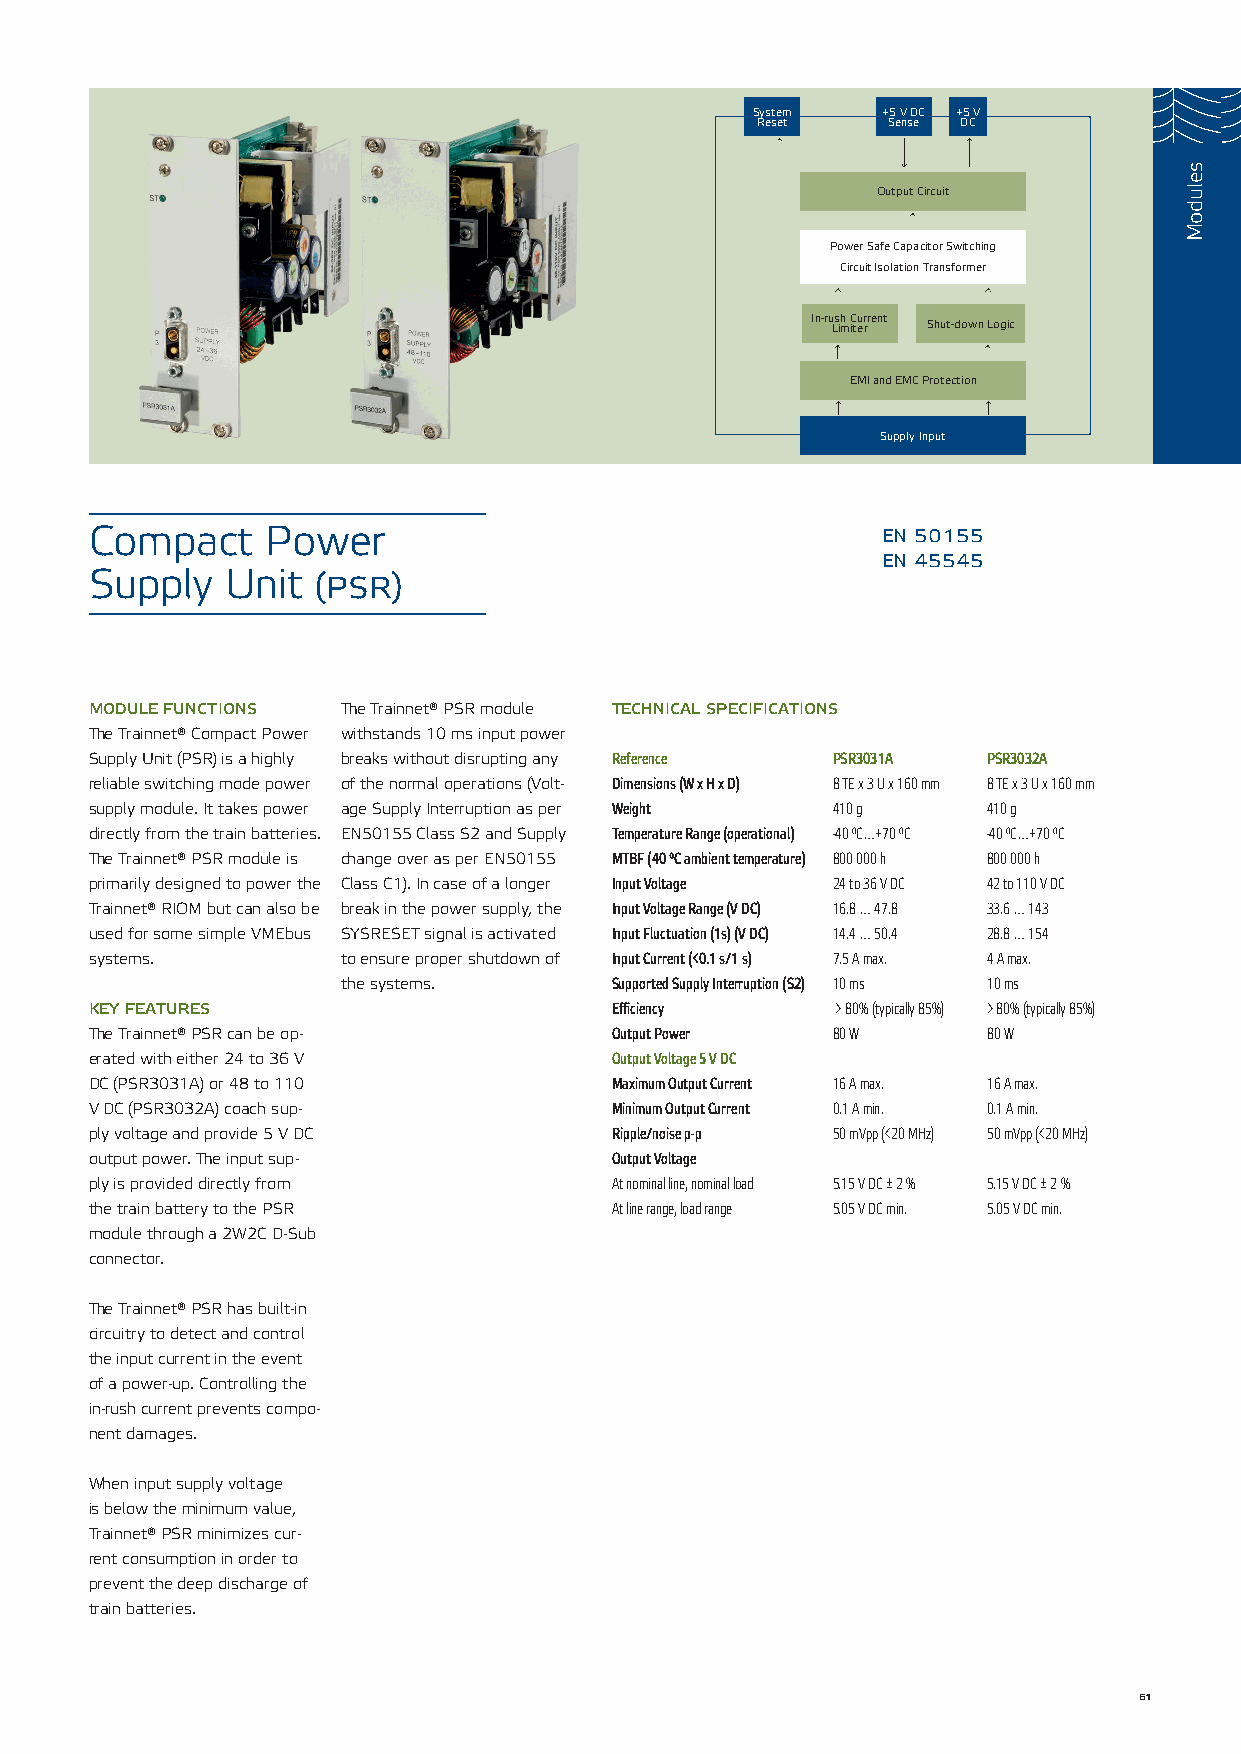
System  +5 V DC +5 V
 Reset    Sense DC
 Output Circuit
 Power Safe Capacitor Switching
 Circuit Isolation Transformer
 In-ru Ls ih m C itu er rrent Shut-down Logic
 EMI and EMC Protection
 Supply Input
 Compact     Power                                   en 50155
 en 45545
 Supply   Unit  (psr)
 module functions The Trainnet® PSR module technical specifications
 The Trainnet® Compact Power withstands 10 ms input power
 Supply Unit (PSR) is a highly breaks without disrupting any Reference PSR3031A PSR3032A
 reliable switching mode power of the normal operations (Volt- Dimensions (W x H x D) 8 TE x 3 U x 160 mm 8 TE x 3 U x 160 mm
 supply module. It takes power age Supply Interruption as per Weight 410 g 410 g
 directly from the train batteries. EN50155 Class S2 and Supply Temperature Range (operational) -40 °C…+70 °C -40 °C…+70 °C
 The Trainnet® PSR module is change over as per EN50155 MTBF (40 ºC ambient temperature) 800 000 h 800 000 h
 primarily designed to power the Class C1). In case of a longer Input Voltage 24 to 36 V DC 42 to 110 V DC
 Trainnet® RIOM but can also be break in the power supply, the Input Voltage Range (V DC) 16.8 … 47.8 33.6 … 143
 used for some simple VMEbus SYSRESET signal is activated Input Fluctuation (1s) (V DC) 14.4 … 50.4 28.8 … 154
 systems.         to ensure proper shutdown of Input Current (<0.1 s/1 s) 7.5 A max. 4 A max.
 the systems.     Supported Supply Interruption (S2) 10 ms 10 ms
 key features                      Efficiency     > 80% (typically 85%) > 80% (typically 85%)
 The Trainnet® PSR can be op-      Output Power   80 W      80 W
 erated with either 24 to 36 V     Output Voltage 5 V DC
 DC (PSR3031A) or 48 to 110        Maximum Output Current 16 A max. 16 A max.
 V DC (PSR3032A) coach sup-        Minimum Output Current 0.1 A min. 0.1 A min.
 ply voltage and provide 5 V DC    Ripple/noise p-p 50 mVpp (<20 MHz) 50 mVpp (<20 MHz)
 output power. The input sup-      Output Voltage
 ply is provided directly from     At nominal line, nominal load 5.15 V DC ± 2 % 5.15 V DC ± 2 %
 the train battery to the PSR      At line range, load range 5.05 V DC min. 5.05 V DC min.
 module through a 2W2C D-Sub
 connector.
 The Trainnet® PSR has built-in
 circuitry to detect and control
 the input current in the event
 of a power-up. Controlling the
 in-rush current prevents compo-
 nent damages.
 When input supply voltage
 is below the minimum value,
 Trainnet® PSR minimizes cur-
 rent consumption in order to
 prevent the deep discharge of
 train batteries.
 61
 seludoM